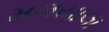
મલયાલા